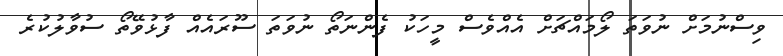
ވިސްނުމަށް ނުވަތަ ލޯމައްޗަށް އެއްވެސް މީހަކު ފެންނަތޯ ނުވަތަ ސޫރައެއް ފާޅުވޭތޯ ސުވާލުކުރެ